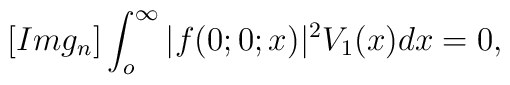
[Img_n]\int_{o}^{\infty}|f(0;0;x)|^2V_1(x)dx=0,